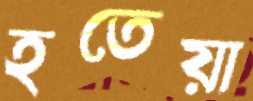
হতেয়া